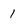
Character: 1